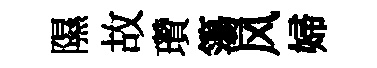
隰故瓚簜风婦